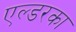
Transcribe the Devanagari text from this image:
एल्डरका